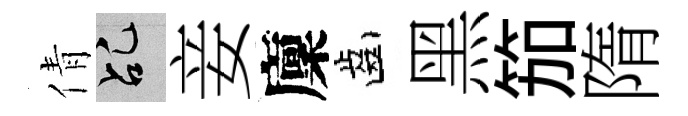
倩乩妾廩齒黑笳隋